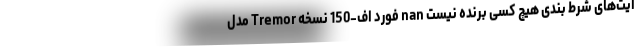
ایت‌های شرط بندی هیچ کسی برنده نیست nan فورد اف-150 نسخه Tremor مدل